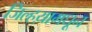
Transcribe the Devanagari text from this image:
जिल्हय़ामधून